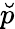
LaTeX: \breve{p}